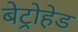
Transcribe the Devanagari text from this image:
बेट्रोहेड